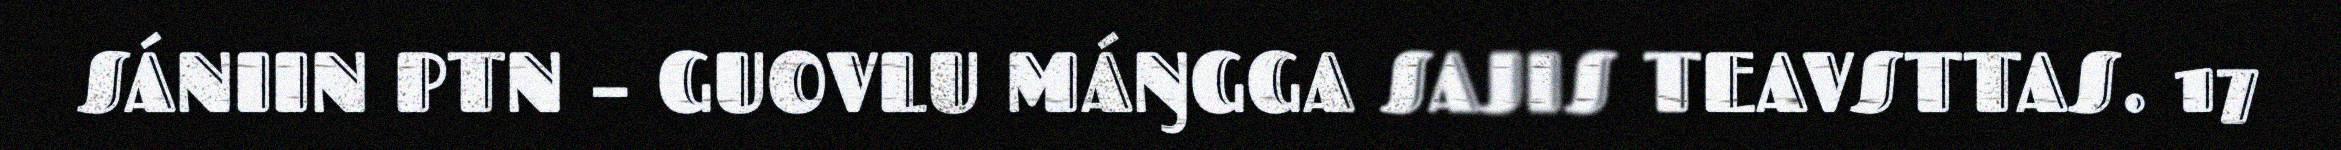
SÁNIIN PTN – GUOVLU MÁŊGGA SAJIS TEAVSTTAS. 17